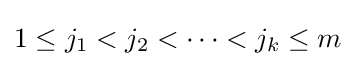
1\leq j_{1}<j_{2}<\cdots <j_{k}\leq m